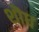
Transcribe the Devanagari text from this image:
शॊध